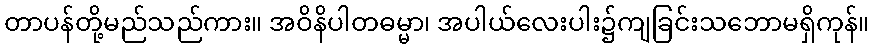
တာပန်တို့မည်သည်ကား။ အဝိနိပါတဓမ္မာ၊ အပါယ်လေးပါး၌ကျခြင်းသဘောမရှိကုန်။